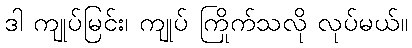
ဒါ ကျုပ်မြင်း၊ ကျုပ် ကြိုက်သလို လုပ်မယ်။